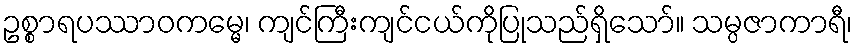
ဥစ္စာရပဿာဝကမ္မေ၊ ကျင်ကြီးကျင်ငယ်ကိုပြုသည်ရှိသော်။ သမ္ပဇာကာရီ၊